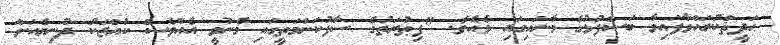
ޙަދީޘްކުރައްވާފައިވާ ބަސްފުޅުގެ މާނައިގައި ވެއެވެ. "ފިޠުރަތުގެ ސާފުކަންމަތީގައި މެނުވީ އެއްވެސް ކުއްޖަކު ދުނިޔެއަށް